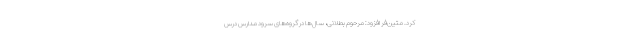
کرد. متین‌فر افزود: مرحوم بطلانی، سال‌ها در گروه‌های سرود مدارس درس